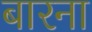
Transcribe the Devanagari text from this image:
बारना